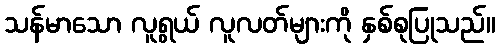
သန်မာသော လူရွယ် လူလတ်များကို နှစ်စုပြုသည်။